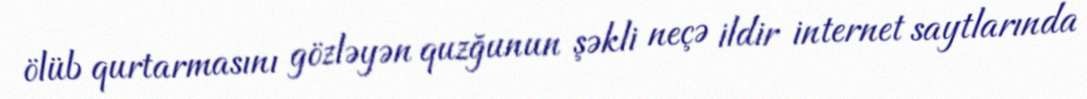
ölüb qurtarmasını gözləyən quzğunun şəkli neçə ildir internet saytlarında